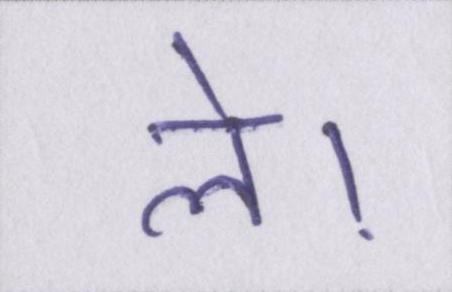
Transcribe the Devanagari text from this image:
ले।